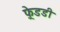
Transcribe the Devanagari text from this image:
फ़्रेडडी